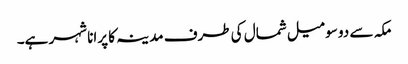
مکہ سے دو سو میل شمال کی طرف مدینہ کا پرانا شہر ہے۔